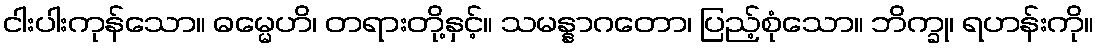
ငါးပါးကုန်သော။ ဓမ္မေဟိ၊ တရားတို့နှင့်။ သမန္နာဂတော၊ ပြည့်စုံသော။ ဘိက္ခု၊ ရဟန်းကို။